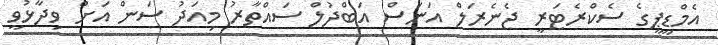
އެމްޑީޕީގެ ސެކްރެޓަރީ ޖެނެރަލް އަނަސް އަބްދުލް ސައްތާރު މިއަދު ސަން އަށް ވިދާޅުވީ